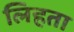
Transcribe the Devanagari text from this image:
लिहता